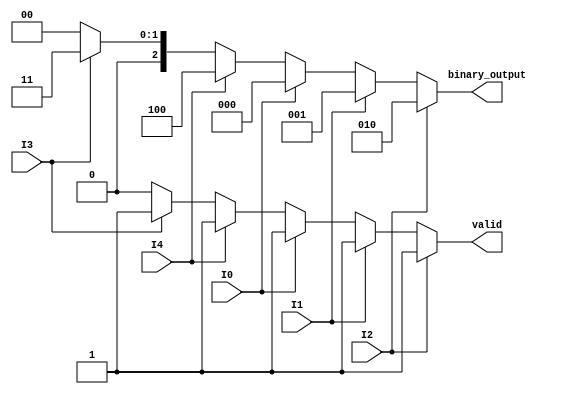
module DualPriorityEncoder (
    input wire I0, I1, I2, // Group 1 inputs (Higher Priority)
    input wire I3, I4,     // Group 2 inputs (Lower Priority)
    output reg [2:0] binary_output, // 3-bit binary output to encode 5 inputs
    output reg valid       // Valid output
);

    always @(*) begin
        // Initialize output and valid signal
        binary_output = 3'b000; // Default to 0
        valid = 1'b0;           // Default to invalid
        
        // Check Group 1 inputs (Higher Priority)
        if (I2) begin
            binary_output = 3'b010; // Output for I2
            valid = 1'b1;
        end else if (I1) begin
            binary_output = 3'b001; // Output for I1
            valid = 1'b1;
        end else if (I0) begin
            binary_output = 3'b000; // Output for I0
            valid = 1'b1;
        end 
        // Check Group 2 inputs (Lower Priority) only if Group 1 is not active
        else if (I4) begin
            binary_output = 3'b100; // Output for I4
            valid = 1'b1;
        end else if (I3) begin
            binary_output = 3'b011; // Output for I3
            valid = 1'b1;
        end 
        // If no inputs are active, valid remains 0 and binary_output remains 0.
    end

endmodule